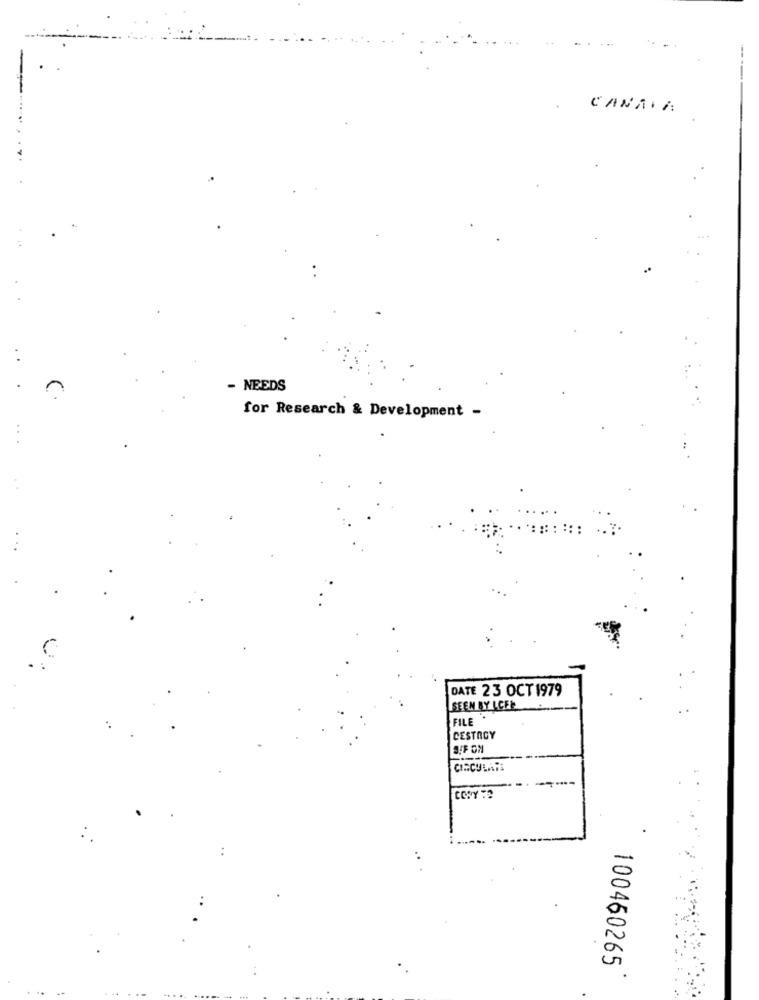
. ..
CANAIA
- NEEDS
for Research & Development -
DATE 23 OCT 1979
SEEN BY LCFE
FILE
CESTAGY
SFF ON
CIRCULAR
COPY TO
100460265